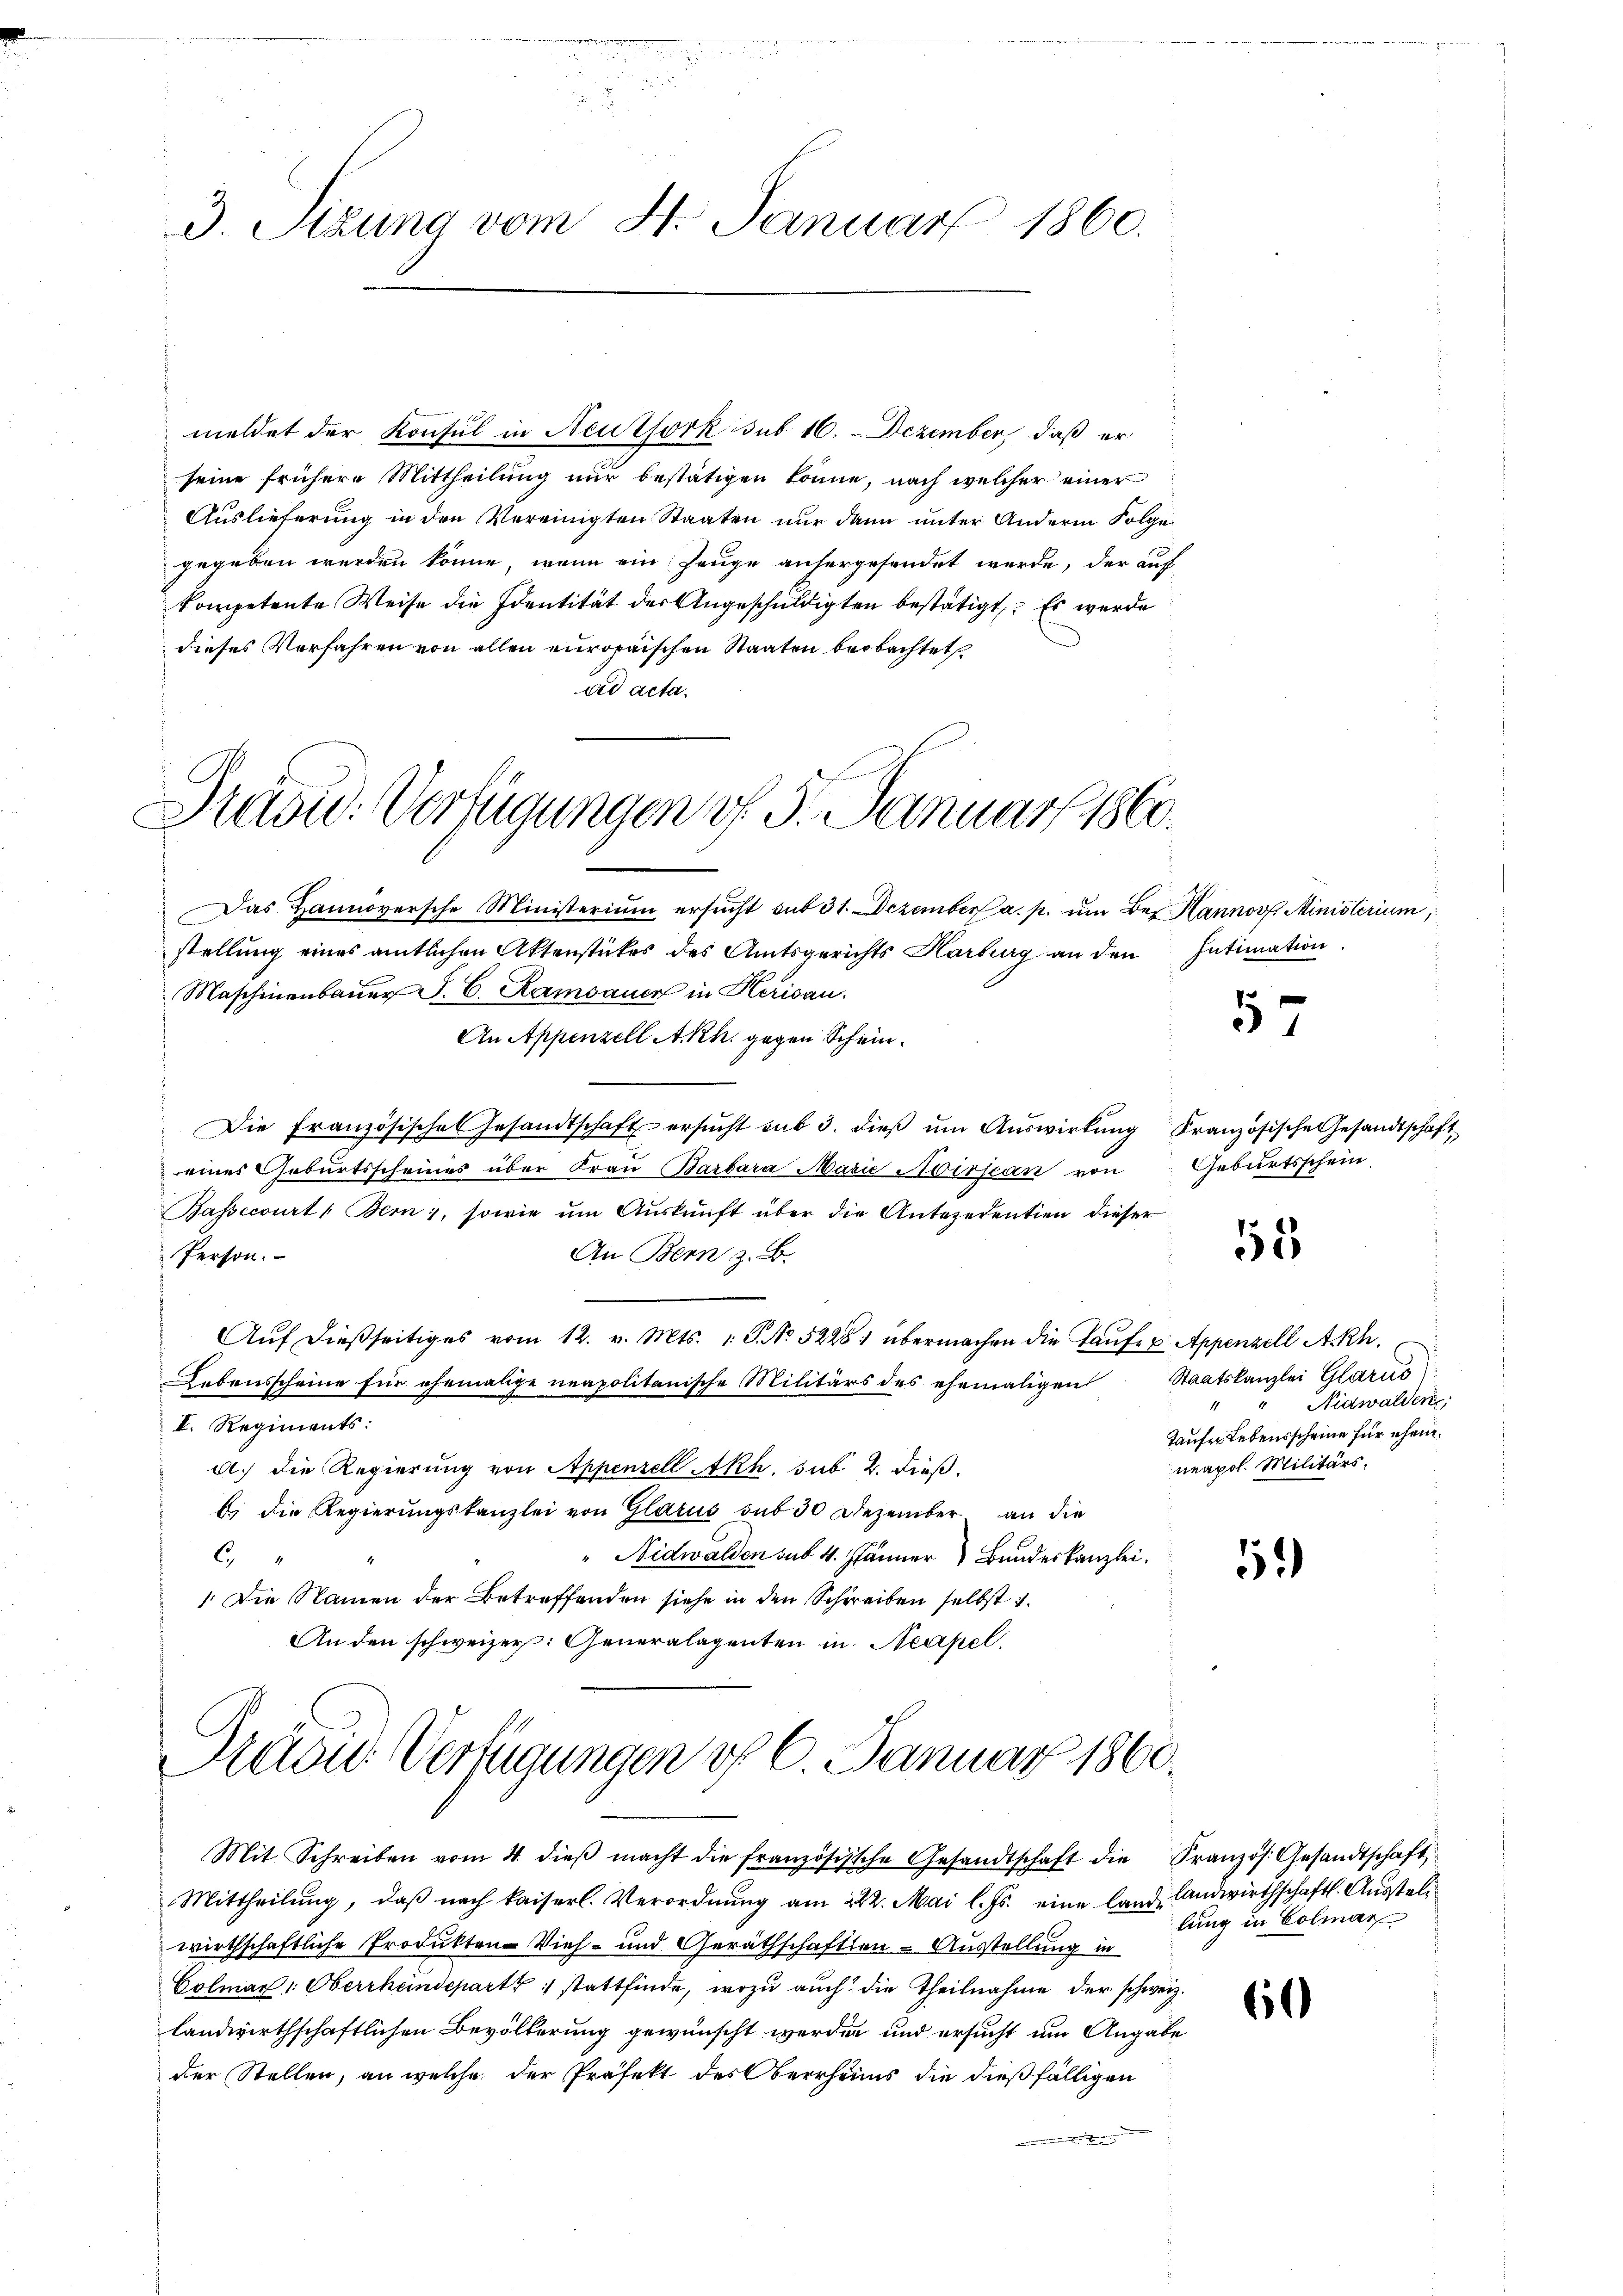
. . . .

i
3. Sitzung vom 4. Januar 1860.

meldet der Konsul in Neuthork sub 16. Dezember, daß er
seine frühere Mittheilung nur bestätigen könne, nach welcher einer
Auslieferung in den Vereinigten Staaten nur dann unter Andern Folge
gegeben werden könne, wenn ein Zeuge anhergesendet werde, der auf
kompetente Weise die Identität der Angeschuldigten bestätigt. Es wurde
dieses Verfahren von allen europaischen Staaten beobachtet
dd acta.

Pradu. Verfügungen v. 5. Januar 1860.

Dräen Verfügungen vf 6. Januar 1860.

Das Hannoversche Ministerium ersŭcht sub 31. Dezember a. p. um Bez. Hannos, Ministerium,
stellung eines amtlichen Aktenstückes des Amtsgerichts Harburg an den
Maschinenbauer J. C. Ramsauer in Herisau.
An Appenzell A.Rh. gegen Schein¬
Die Französische Gesandtschaft ersŭcht sub 3. dieβ ŭm Aŭswirkung Französische Gesandtschaft
eines Geburtsscheines über Frau Barbara Mazić Avissean von Geburtsschein
Bassecourt, Bern, sowie ŭm Aŭskŭnft über die Antecedentien dieser
An Bern z. B.
Person.
Aŭf dießseitiges vom 12. v. Mts. v. J. No 52281 übermachen die Taufe u. Appenzell A.Rh.
Lebensscheine für ehemalige neapolitanische Militärs des ehemaligen Staatskanzlei Glarus
V. Regiments:
a.) die Regierung von Appenzell Akh. sub. 2. dieß.
b) die Regierungskanzlei von Glarus sub 30 Dezember an die
" Nidwalden sub 4. Jänner Bundeskanzlei.
6
1 Die Namen der Betreffenden siehe in den Schreiben selbst 1.
An den schweizer: Generalagenten in Neapel.

Intimation.

Mit Schreiben vom 4. dieβ macht die französische Gesandtschaft die Französ. Gesandtschaft,
Mittheilŭng, daβ nach kaiserl. Verordnŭng am 222. Mai l. Js. eine land Landwirthschaftl. Ausstelwirthschaftliche Produkten Vieh- und Geräthschaften - Ausstellung in
Colmar: Oberrhendeparts stattfinde, wozu auch die Theilnahme der schweiz.
landwirthschaftlichen Bevölkerung gewünscht werden und ersucht um Angabe
der Stellen, an welche der Präfekt des Berrheins die dießfälligen
 x

1

Nidwalden,
Taufer Lebensscheine für ehem
neapol. Militärs.

55

1

60

lung in Colmar